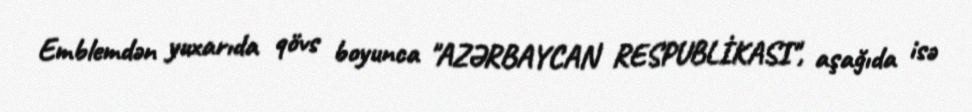
Emblemdən yuxarıda qövs boyunca "AZƏRBAYCAN RESPUBLİKASI", aşağıda isə